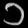
Digit: ၁